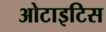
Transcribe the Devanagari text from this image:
ओटाइटिस